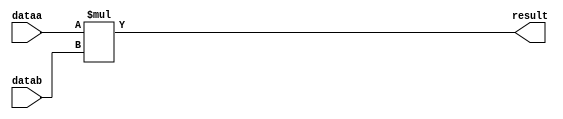
//lpm_mult CBX_DECLARE_ALL_CONNECTED_PORTS="OFF" DEVICE_FAMILY="Cyclone V" DSP_BLOCK_BALANCING="Auto" LPM_REPRESENTATION="SIGNED" LPM_WIDTHA=16 LPM_WIDTHB=16 LPM_WIDTHP=32 MAXIMIZE_SPEED=5 dataa datab result CARRY_CHAIN="MANUAL" CARRY_CHAIN_LENGTH=48
//VERSION_BEGIN 18.1 cbx_cycloneii 2018:09:12:13:04:24:SJ cbx_lpm_add_sub 2018:09:12:13:04:24:SJ cbx_lpm_mult 2018:09:12:13:04:24:SJ cbx_mgl 2018:09:12:13:10:36:SJ cbx_nadder 2018:09:12:13:04:24:SJ cbx_padd 2018:09:12:13:04:24:SJ cbx_stratix 2018:09:12:13:04:24:SJ cbx_stratixii 2018:09:12:13:04:24:SJ cbx_util_mgl 2018:09:12:13:04:24:SJ  VERSION_END
// synthesis VERILOG_INPUT_VERSION VERILOG_2001
// altera message_off 10463



// Copyright (C) 2018  Intel Corporation. All rights reserved.
//  Your use of Intel Corporation's design tools, logic functions 
//  and other software and tools, and its AMPP partner logic 
//  functions, and any output files from any of the foregoing 
//  (including device programming or simulation files), and any 
//  associated documentation or information are expressly subject 
//  to the terms and conditions of the Intel Program License 
//  Subscription Agreement, the Intel Quartus Prime License Agreement,
//  the Intel FPGA IP License Agreement, or other applicable license
//  agreement, including, without limitation, that your use is for
//  the sole purpose of programming logic devices manufactured by
//  Intel and sold by Intel or its authorized distributors.  Please
//  refer to the applicable agreement for further details.



//synthesis_resources = 
//synopsys translate_off
`timescale 1 ps / 1 ps
//synopsys translate_on
module  mult_71n
	( 
	dataa,
	datab,
	result) /* synthesis synthesis_clearbox=1 */;
	input   [15:0]  dataa;
	input   [15:0]  datab;
	output   [31:0]  result;

	wire signed	[15:0]    dataa_wire;
	wire signed	[15:0]    datab_wire;
	wire signed	[31:0]    result_wire;



	assign dataa_wire = dataa;
	assign datab_wire = datab;
	assign result_wire = dataa_wire * datab_wire;
	assign result = ({result_wire[31:0]});

endmodule //mult_71n
//VALID FILE